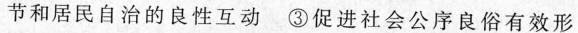
节和居民自治的良性互动③促进社会公序良俗有效形